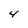
Character: 4